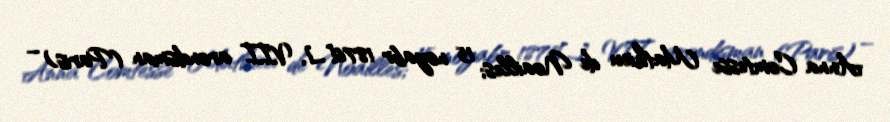
Anna Comtesse Mathieu de Noailles; 15 noyabr 1876[…], VII arondisman (Paris) –